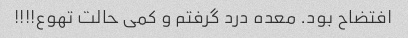
افتضاح بود. معده درد گرفتم و کمی حالت تهوع!!!!